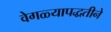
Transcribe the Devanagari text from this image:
वेगळ्यापद्धतीने